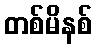
တစ်မိနစ်